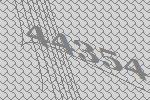
44354